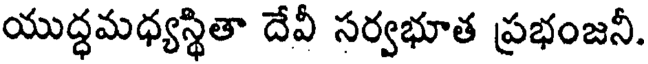
యుద్ధమధ్యస్థితా దేవీ సర్వభూత ప్రభంజనీ.